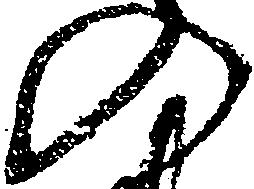
の